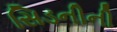
સિડનીની